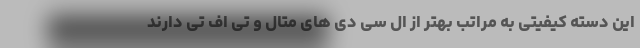
این دسته کیفیتی به مراتب بهتر از ال سی دی های متال و تی اف تی دارند